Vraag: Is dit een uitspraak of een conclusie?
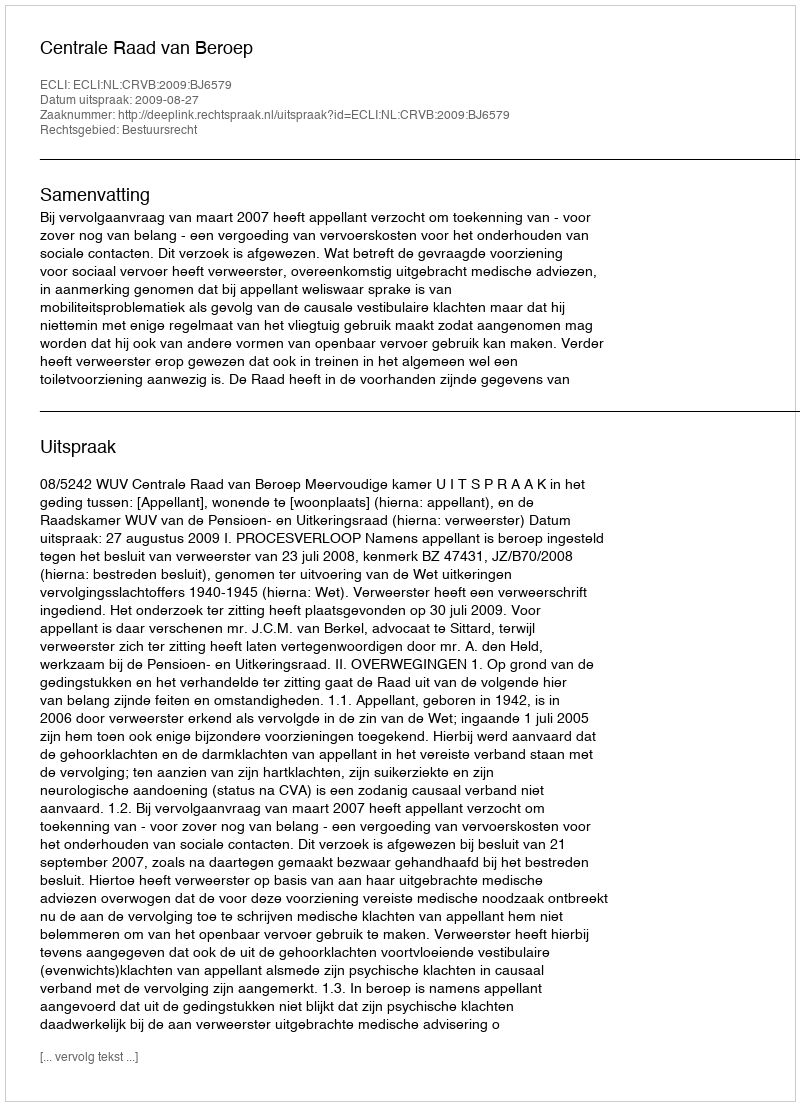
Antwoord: Uitspraak